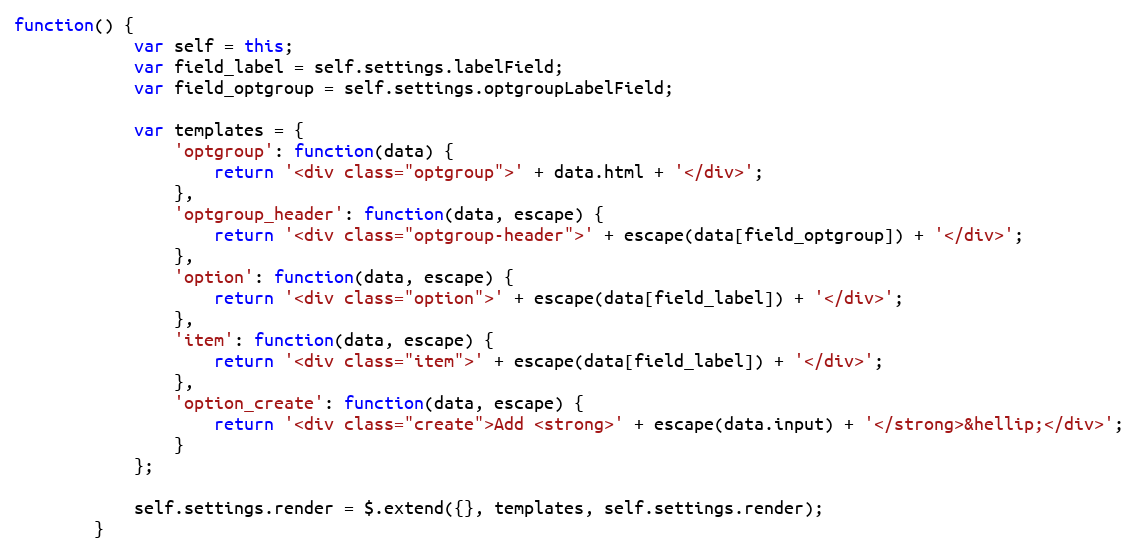
Language: JavaScript
function() {
			var self = this;
			var field_label = self.settings.labelField;
			var field_optgroup = self.settings.optgroupLabelField;

			var templates = {
				'optgroup': function(data) {
					return '<div class="optgroup">' + data.html + '</div>';
				},
				'optgroup_header': function(data, escape) {
					return '<div class="optgroup-header">' + escape(data[field_optgroup]) + '</div>';
				},
				'option': function(data, escape) {
					return '<div class="option">' + escape(data[field_label]) + '</div>';
				},
				'item': function(data, escape) {
					return '<div class="item">' + escape(data[field_label]) + '</div>';
				},
				'option_create': function(data, escape) {
					return '<div class="create">Add <strong>' + escape(data.input) + '</strong>&hellip;</div>';
				}
			};

			self.settings.render = $.extend({}, templates, self.settings.render);
		}